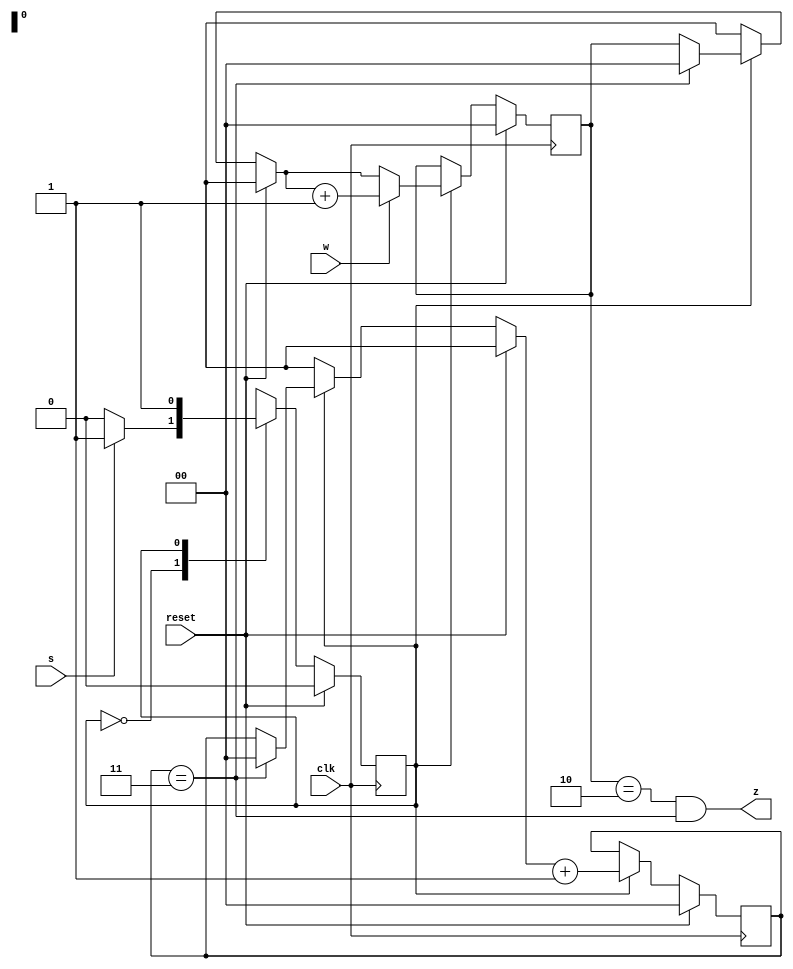
module top_module (
    input clk,
    input reset,   // Synchronous reset
    input s,
    input w,
    output z
);
    
    localparam A = 1'b0, B = 1'b1;
    
    reg current_state, next_state;
    reg [1:0] count_1s, timer;
    
    always @(*) begin
        case (current_state)
            A: next_state <= (s)?B:A;
            B: next_state <= B;
        endcase
    end
    
    always @(posedge clk) begin
        if (reset) begin
            current_state <= A;
            count_1s <= 0;
            timer <= 0;
        end
        else begin
            current_state <= next_state;
            if (current_state == B) begin
                if (timer == 2'd3) begin
                    timer = 0;
                    count_1s = 0;
                end
                if (w==1'b1) count_1s = count_1s + 1'b1;
                timer = timer + 1'b1;
            end
        end
    end
    
    assign z = (count_1s == 2'd2) & (timer == 2'd3);
        
endmodule